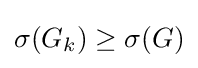
\sigma (G_{k})\geq \sigma (G)